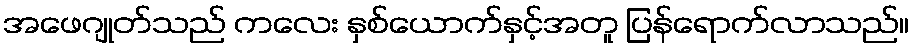
အဖေဂျုတ်သည် ကလေး နှစ်ယောက်နှင့်အတူ ပြန်ရောက်လာသည်။